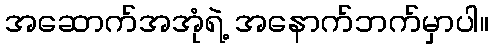
အဆောက်အအုံရဲ့ အနောက်ဘက်မှာပါ။